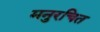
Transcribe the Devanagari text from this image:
मनुरचित